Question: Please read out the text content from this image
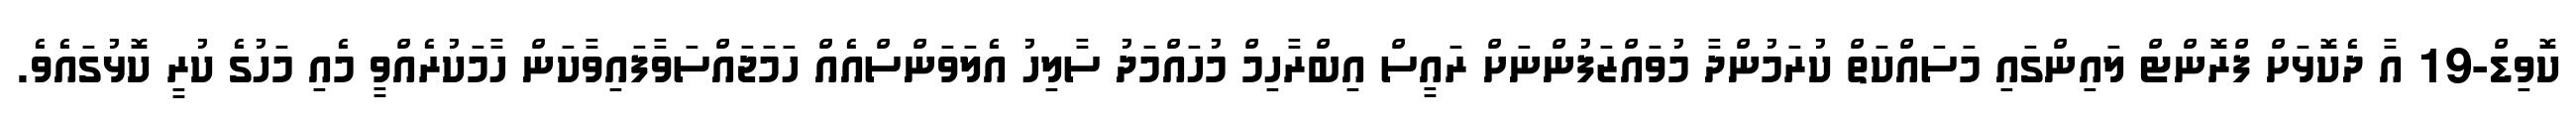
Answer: ކޮވިޑް-19 އާ ދެކޮޅަށް ފްރޮންޓް ލައިންގައި މަސައްކަތް ކުރަމުންދާ މުވައްޒަފުންނަށް ރައީސް އިބްރާހިމް މުހައްމަދު ސާލިހު އެލަވަންސްއެއް ހަމަޖައްސަވާފައިވާކަން ހާމަކުރެއްވީ މެއި މަހުގެ ކުރީ ކޮޅުގައެވެ.